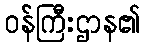
ဝန်ကြီးဌာန၏